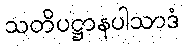
သတိပဋ္ဌာနပါသာဒံ